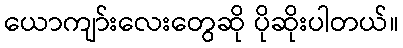
ယောကျာ်းလေးတွေဆို ပိုဆိုးပါတယ်။